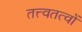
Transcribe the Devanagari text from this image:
तत्त्वतत्वों